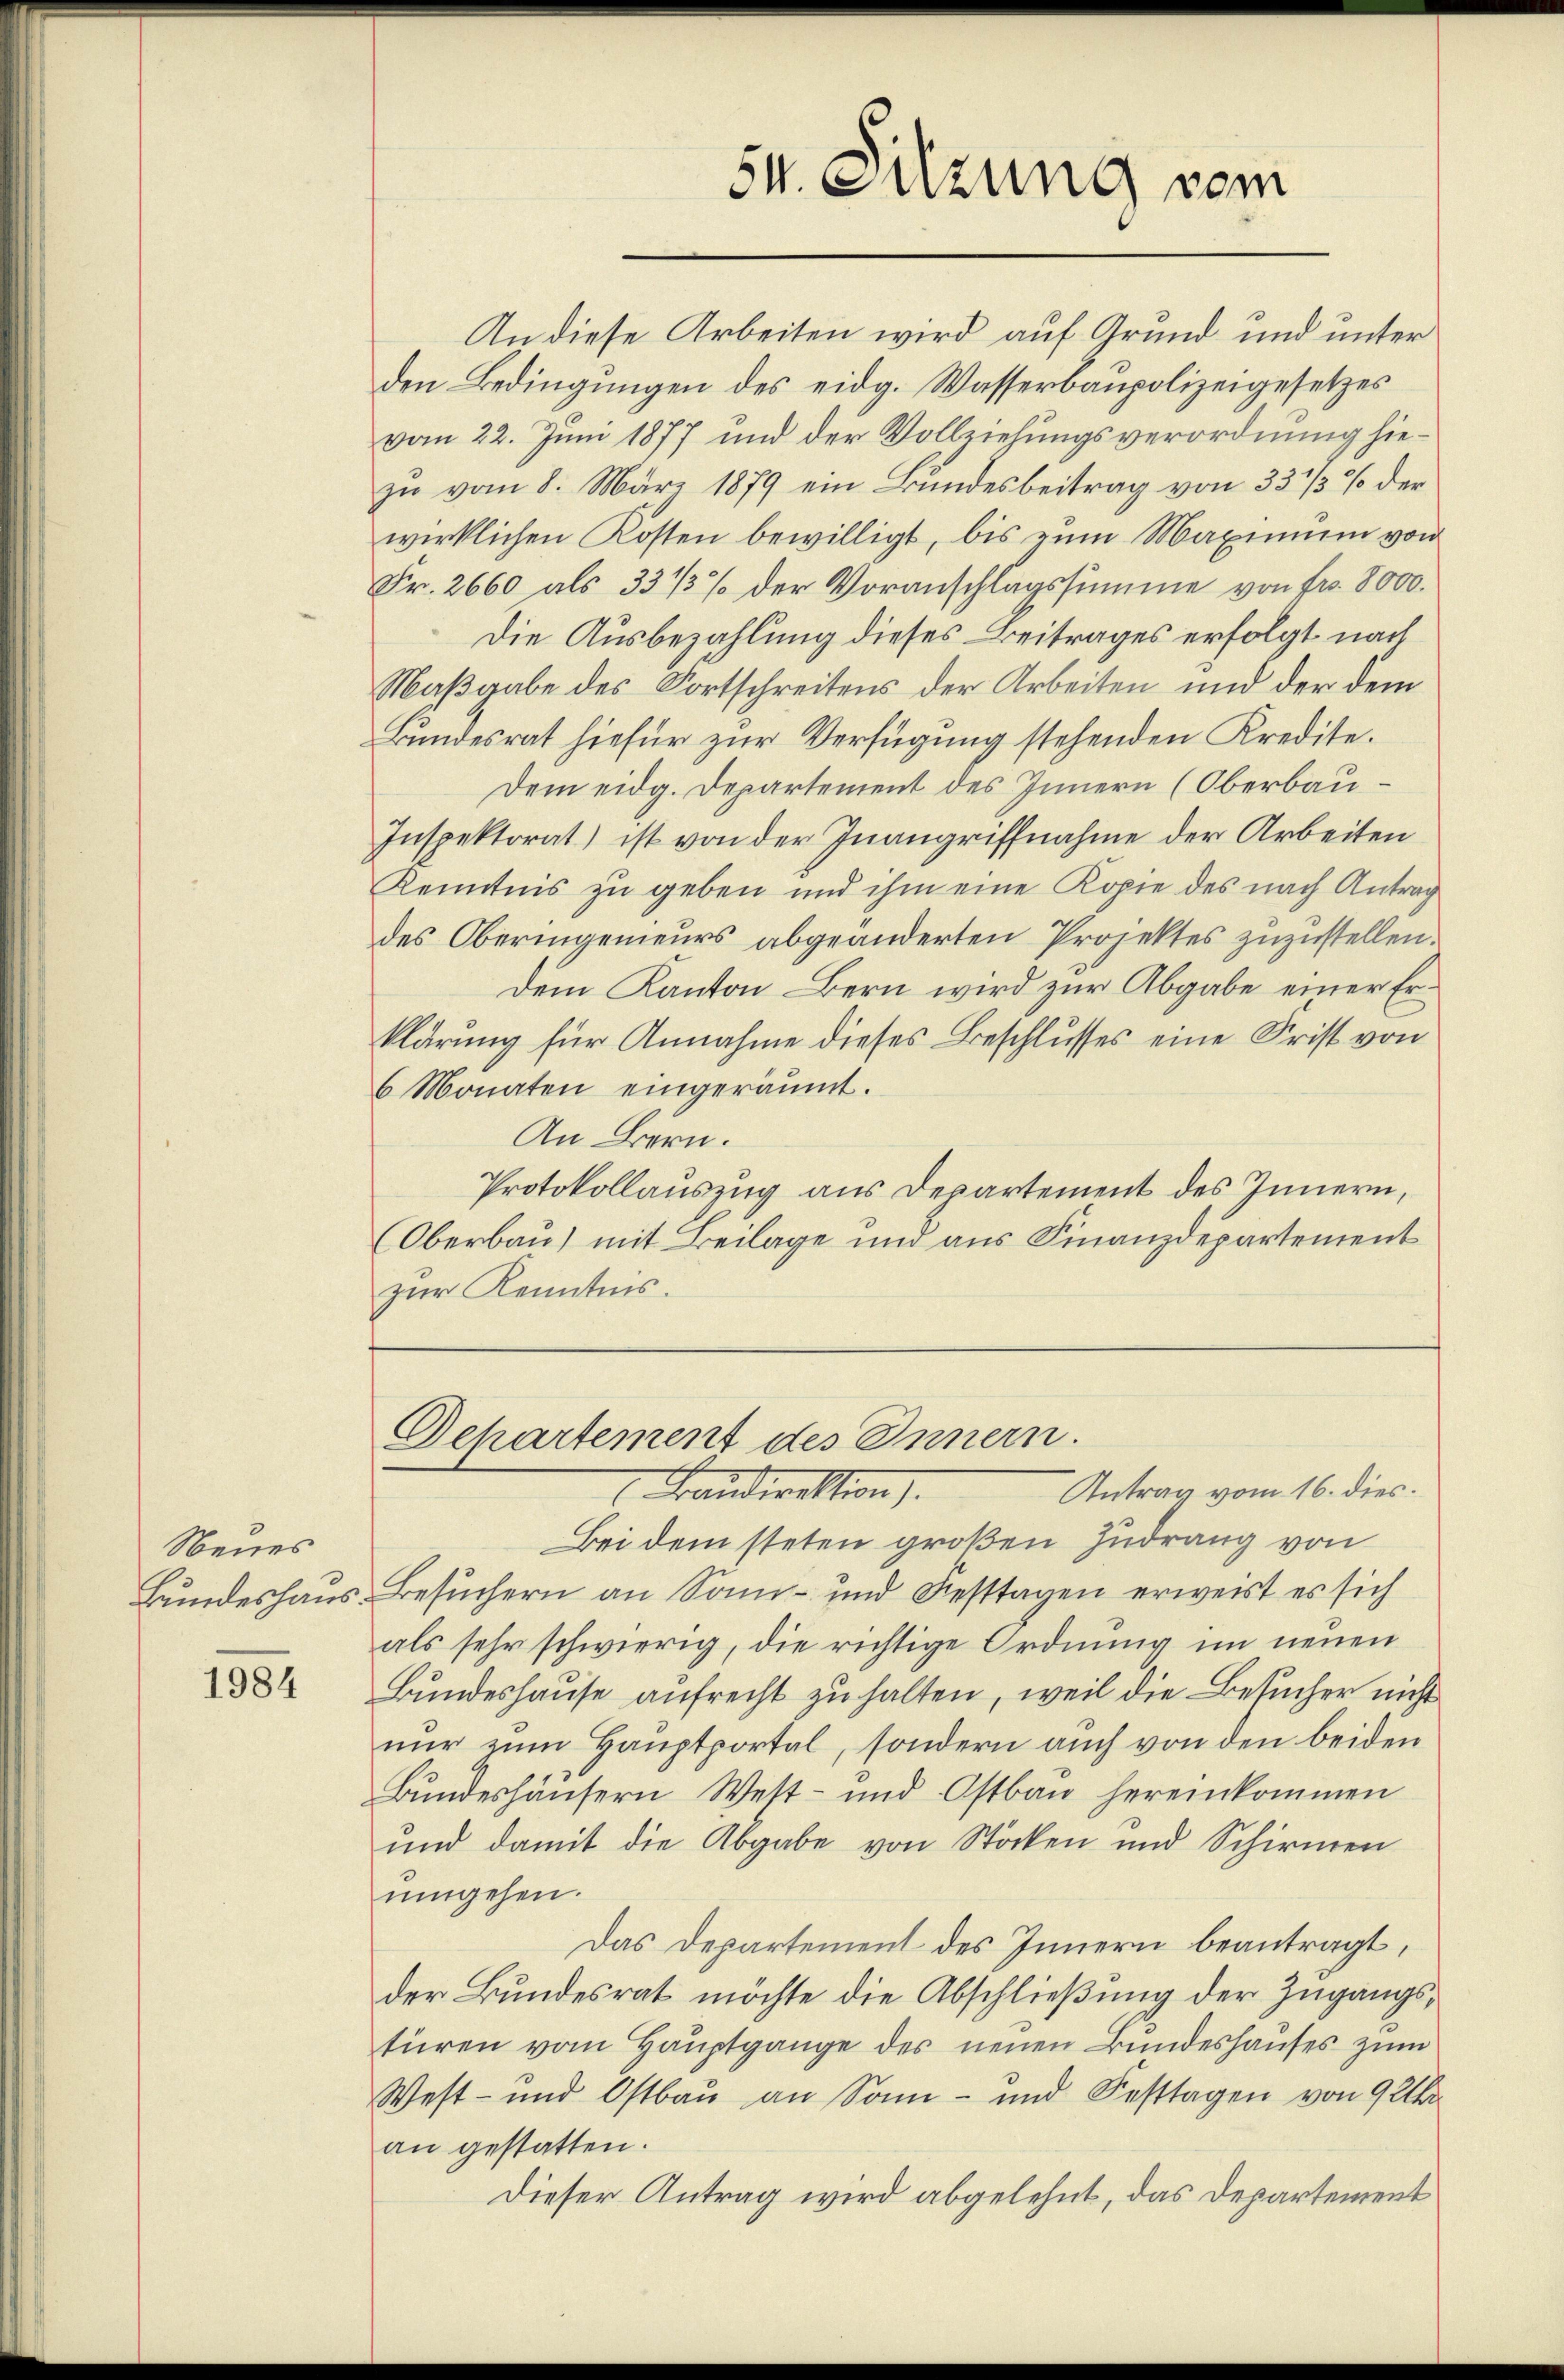
Neues

1984

54. Sitzung vom

An diese Arbeiten wird auf Grund und unter
den Bedingungen des eidg. Wasserbaupolizeigesetzes
vom 22. Juni 1877 und der Vollziehungsverordnung hiezu vom 8. März 1879 ein Bundesbeitrag von 33 1/3 % der
wirklichen Kosten bewilligt, bis zum Maximum von
Fr. 2660 als 33 1/3 % der Voranschlagssumme von Fr. 8000.
Die Ausbezahlung dieses Beitrages erfolgt nach
Maßgabe des Fortschreitens der Arbeiten und der dem
Bundesrat hiefür zur Verfügung stehenden Kredite.
Dem eidg. Departement des Innern (Oberbau¬
Inspektorat) ist von der Inangriffnahme der Arbeiten
Kenntnis zu geben und ihm eine Kopie des nach Antrag
des Oberingenieurs abgeänderten Projektes zuzustellen.
Dem Kanton Bern wird zur Abgabe einer Erklärung für Annahme dieses Beschlusses eine Frist von
6 Monaten eingeräumt.
An Bern.
Protokollauszug aus Departement des Innern,
(Oberbau) mit Beilage und aus Finanzdepartement
zur Kenntnis.
Departement des Innern.
. Landirektion).
Antrag vom 16. dies.
Bei dem steten großen Zudrang von
Bundeshaus Besuchern an Sonn- und Festtagen erweist es sich
als sehr schwierig, die richtige Ordnung im neuen
Bundeshause aufrecht zu halten, weil die Besucher nicht
nur zum Hauptportal, sondern auch von den beiden
Bundeshäusern West- und Ostbau hereinkommen
und damit die Abgabe von Stöcken und Schirmen
umgehen.
Das Departement des Innern beantragt,
der Bundesrat möchte die Abschließung der Zugangstüren vom Hauptgange des neuen Bundeshauses zum
West- und Ostbau an Sonn- und Festtagen von 9 Uhr
an gestatten.
Dieser Antrag wird abgelehnt, das Departement